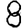
Digit: 8